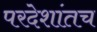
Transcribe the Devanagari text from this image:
परदेशांतच